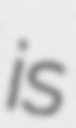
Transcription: is